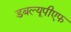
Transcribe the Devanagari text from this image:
डबल्यूपीएफ